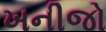
ખનીજો